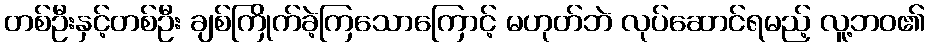
တစ်ဦးနှင့်တစ်ဦး ချစ်ကြိုက်ခဲ့ကြသောကြောင့် မဟုတ်ဘဲ လုပ်ဆောင်ရမည့် လူ့ဘဝ၏